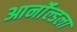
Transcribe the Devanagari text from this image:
आर्नॉल्डला